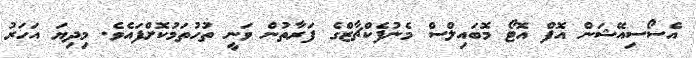
އެސޯސިއޭޝަން އޮފް އޮޓޯ މޮބައިލްސް މެނުފެކްޗާޒްގެ ފަރާތުން ވަނީ ތުހުތަމުކޮށްފައެވެ. މިދިޔަ އަހަރު